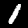
Label: 1